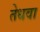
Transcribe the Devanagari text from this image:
तेधवा